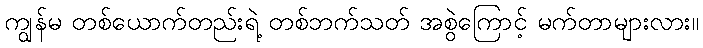
ကျွန်မ တစ်ယောက်တည်းရဲ့ တစ်ဘက်သတ် အစွဲကြောင့် မက်တာများလား။